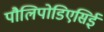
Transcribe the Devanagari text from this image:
पौलिपोडिएसिई